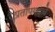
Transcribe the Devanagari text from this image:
प्रतापगढचे